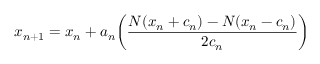
x _ { n + 1 } = x _ { n } + a _ { n } { \bigg ( } { \frac { N ( x _ { n } + c _ { n } ) - N ( x _ { n } - c _ { n } ) } { 2 c _ { n } } } { \bigg ) }